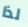
لذا